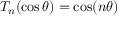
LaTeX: T _ { n } ( \cos \theta ) = \cos ( n \theta )